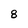
Character: 8